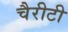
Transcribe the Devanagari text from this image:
चैरीटी